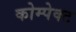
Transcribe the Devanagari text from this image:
कोम्पेक्ट